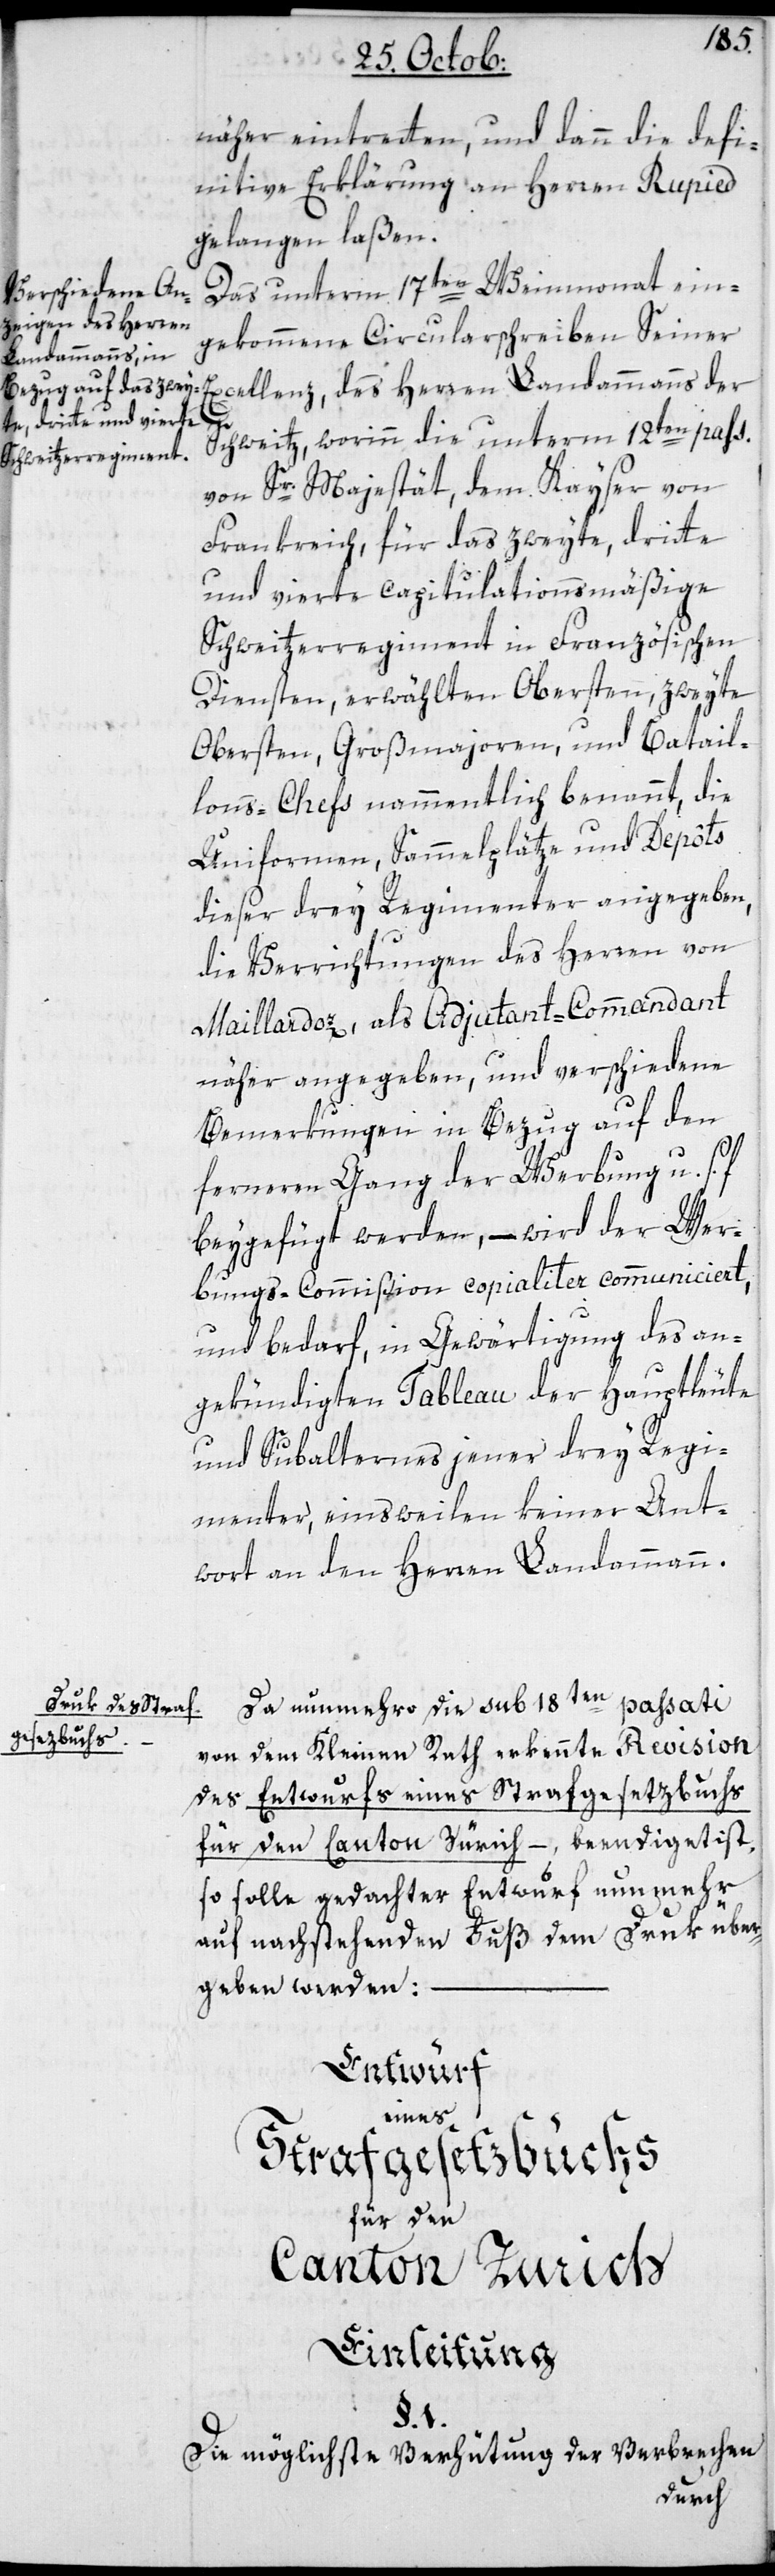
näher eintretten, und dann die defi¬
nitive Erklärung an Herren Rupied
gelangen laßen.
Das unterm 17ten Weinmonat ein¬
gekommene Circularschreiben Seiner
Excellenz, des Herren Landammanns der
Schweitz, worinn die unterm 12ten pas¬
von Sr. Majestät dem Kayser von
Frankreich, für das zweyte, dritte
und vierte capitulationsmäßige
Schweitzerregiment in Französischen
Diensten, erwählten Obersten, zweyte
Obersten, Großmajoren und Batail¬
lons-Chefs nammentlich benannt, die
Uniformen, Sammelplätze und Depôts
dieser drey Regimenter angegeben,
die Verrichtungen des Herren von
Maillardoz, als Adjudant-Commandant
näher angegeben, und verschiedene
Bemerkungen in Bezug auf den
ferneren Gang der Werbung u. s.
beigefügt werden, – wird der Wer¬
bungs-Commißion copialiter communiciert,
und bedarf, in Gewärtigung des an¬
gekündigten Tableau der Hauptleute
und Subalternes jener drey Regi¬
menter, einstweilen keiner Ant¬
wort an den Herren Landammann.
Da nunmehro die sub 18ten passati
von dem Kleinen Rath erkennte Revision
des Entwurfs eines Strafgesetzbuchs
für den Canton Zürich –, beendiget ist,
so solle gedachter Entwurf nunmehr
auf nachstehenden Fuß dem Druk über¬
geben werden.
Entwurf
eines
Strafgesetzbuchs
für den
Canton Zürich
Einleitung
§. 1.
Die möglichste Verhütung der Verbrechen